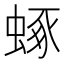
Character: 𧌮